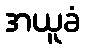
အယူခံ